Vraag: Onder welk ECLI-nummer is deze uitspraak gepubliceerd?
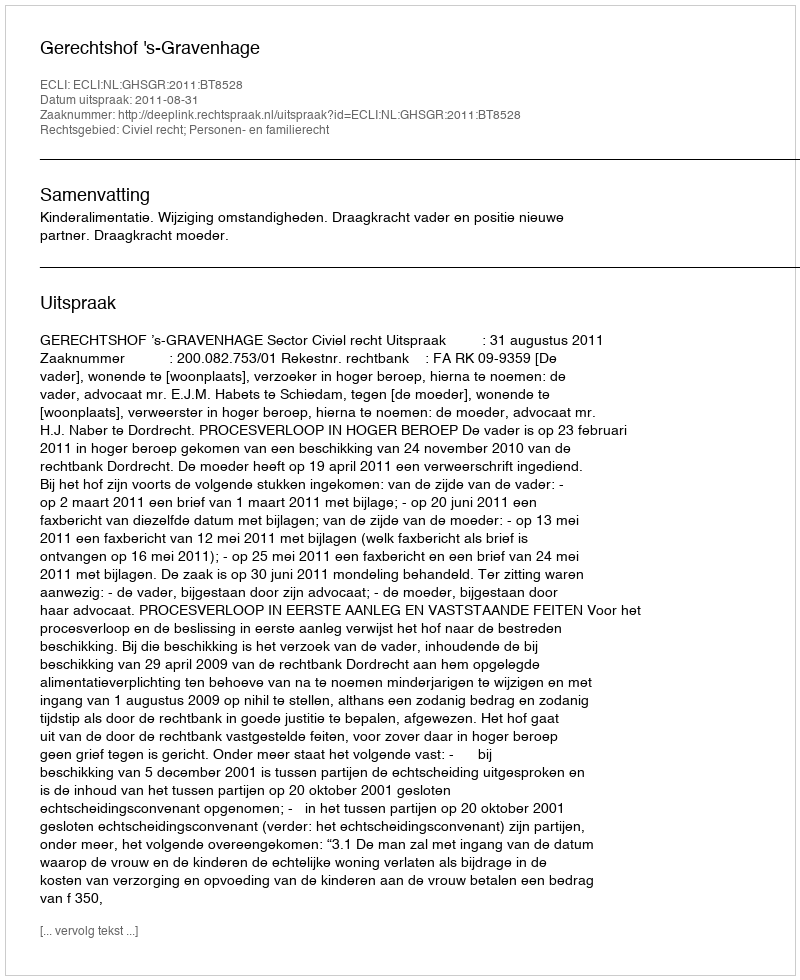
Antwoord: ECLI:NL:GHSGR:2011:BT8528